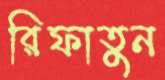
রিফাতুন